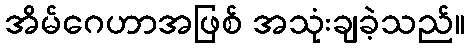
အိမ်ဂေဟာအဖြစ် အသုံးချခဲ့သည်။